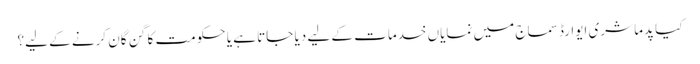
کیا پدما شری ایوارڈ سماج میں نمایاں خدمات کے لیے دیا جاتا ہے یا حکومت کا گن گان کرنے کے لیے؟